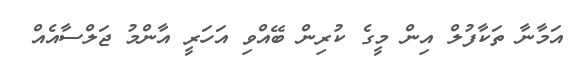
އަމާނާ ތަކާފުލް އިން މީގެ ކުރިން ބޭއްވި އަހަރީ އާންމު ޖަލްސާއެއް